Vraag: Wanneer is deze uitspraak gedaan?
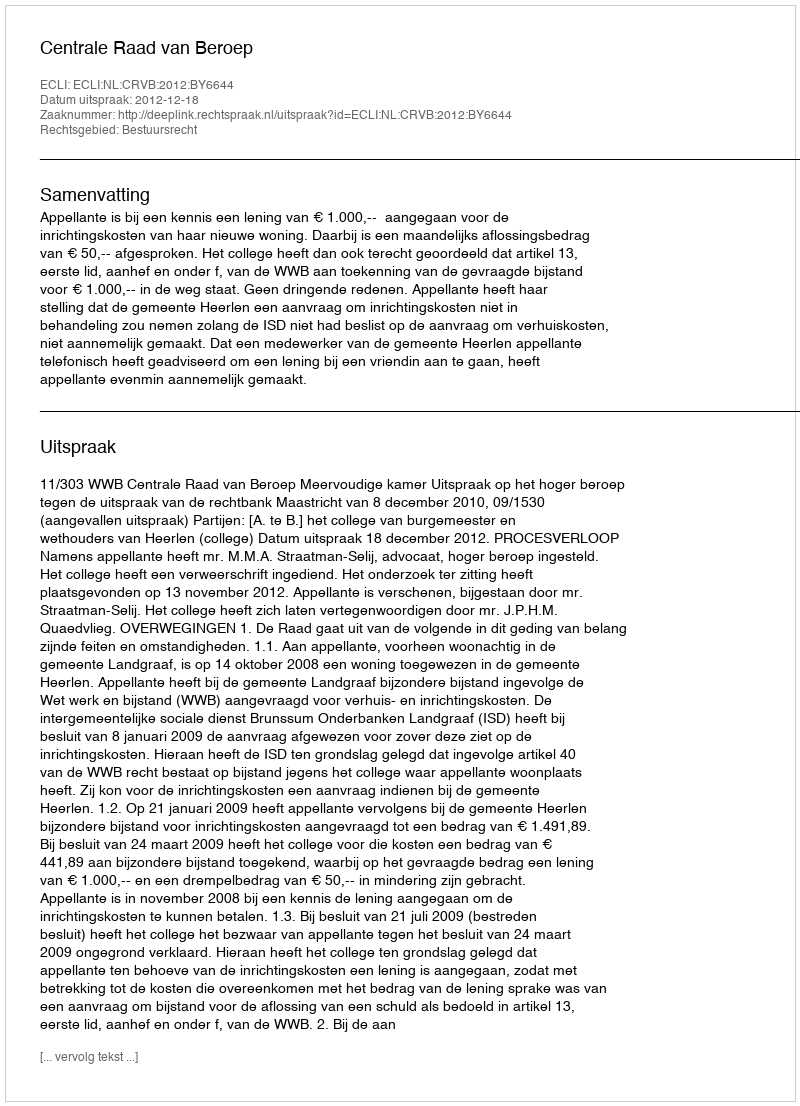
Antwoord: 2012-12-18